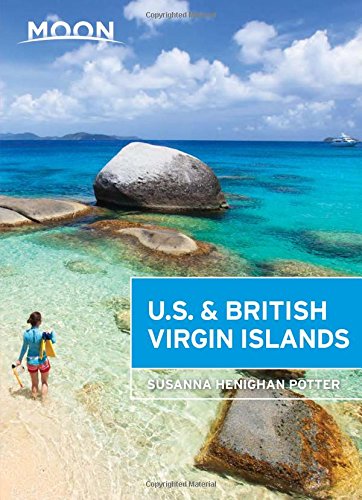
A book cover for Moon U.S. & British Virgin Islands (Moon Handbooks); Susanna Henighan Potter; Travel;